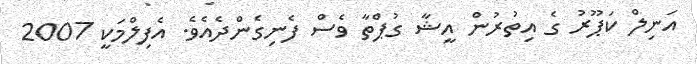
އަނިލް ކަޕޫރު ގެ އިތުރުން އީޝާ ގުޕްތާ ވެސް ފެނިގެންދެއެވެ. އެފިލްމަކީ 2007